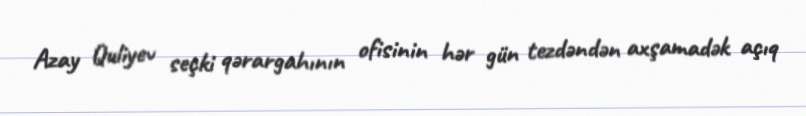
Azay Quliyev seçki qərargahının ofisinin hər gün tezdəndən axşamadək açıq